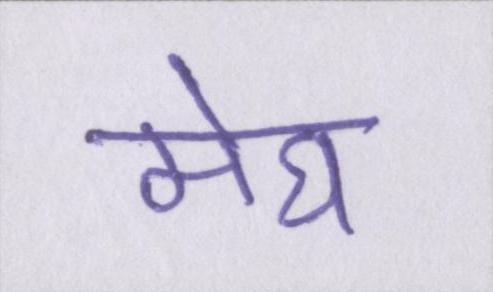
मेघ